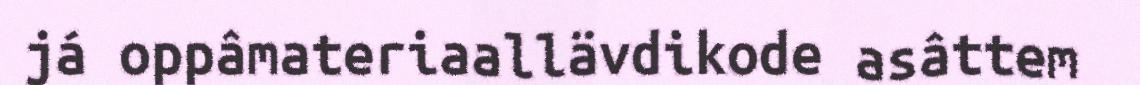
já oppâmateriaallävdikode asâttem